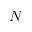
N